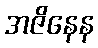
အဇိနေန